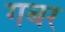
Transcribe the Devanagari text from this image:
गबर